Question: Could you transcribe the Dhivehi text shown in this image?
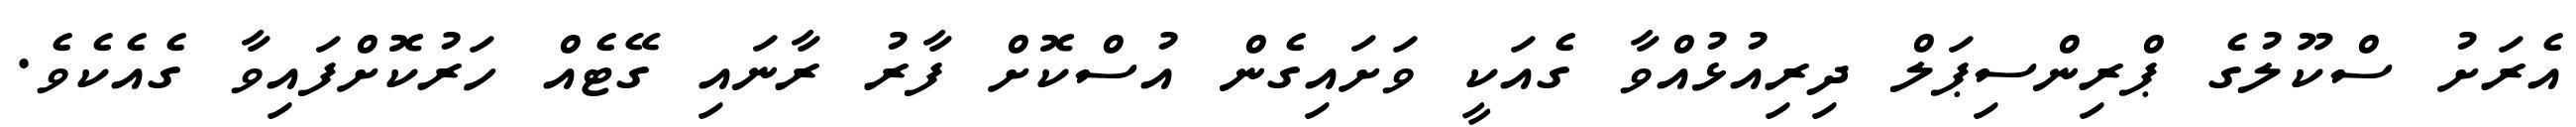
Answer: އެރަށު ސްކޫލުގެ ޕްރިންސިޕަލް ދިރިއުޅުއްވާ ގެއަކީ ވަށައިގެން އުސްކޮށް ފާރު ރާނައި ގޭޓެއް ހަރުކޮށްފައިވާ ގެއެކެވެ.